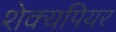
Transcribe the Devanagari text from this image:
शेक्यपियर